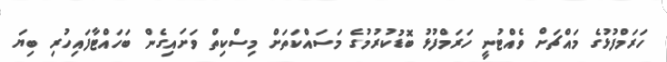
ހަރަމްފުޅުގެ މައްޗަށް ވެއްޓުނީ ހަރަމްފުޅު ބޮޑުކުރުމުގެ މަސައްކަތަށް މިސްކިތް ވަށައިގެން ބަހައްޓާފައިހުރި ބިޔަ